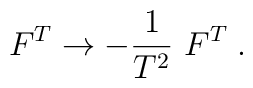
F^T \rightarrow -{1\over T^2}~F^T\;.